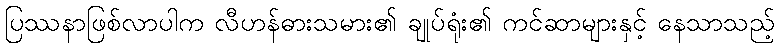
ပြဿနာဖြစ်လာပါက လီဟန်ဓားသမား၏ ချုပ်ရုံး၏ ကင်ဆာများနှင့် နေသာသည့်